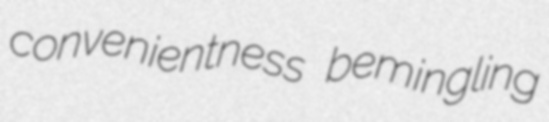
convenientness bemingling